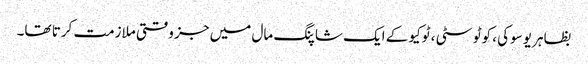
بظاہر یوسوکی ، کوٹو سٹی ، ٹوکیو کے ایک شاپنگ مال میں جز وقتی ملازمت کرتا تھا۔